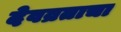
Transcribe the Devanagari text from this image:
देवव्रताचा